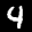
Label: 4